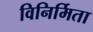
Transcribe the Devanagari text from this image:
विनिर्मिता